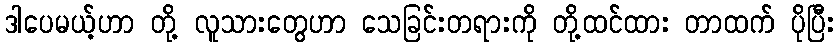
ဒါပေမယ့်ဟာ တို့ လူသားတွေဟာ သေခြင်းတရားကို တို့ထင်ထား တာထက် ပိုပြီး